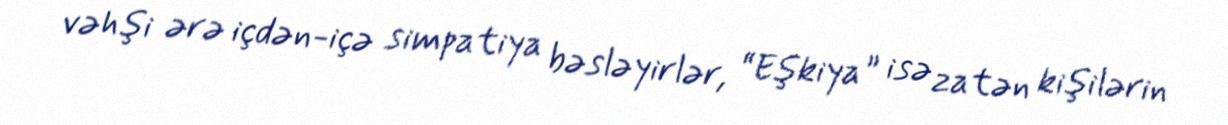
vəhşi ərə içdən-içə simpatiya bəsləyirlər, “Eşkiya” isə zatən kişilərin